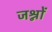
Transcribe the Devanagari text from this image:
जश्नों